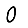
Digit: 0